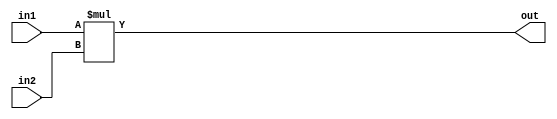
/* Module: Multiply
 * Description: Multiplys 2 numbers.
 * Parameters: L1 - length of input 1
 *             L2 - length of input 2
 */

module multiply     #(parameter L1 = 8,
                    parameter L2 = 8)
                    
                    (input signed [L1-1:0] in1,
                    input signed [L2-1:0] in2,
                    output wire [L1+L2-1:0] out);
                    
  assign out = in1 * in2;
endmodule